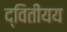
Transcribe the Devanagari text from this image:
द्वितीयय